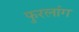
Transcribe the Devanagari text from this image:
फुरलांग